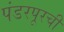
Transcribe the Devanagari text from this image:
पंडरपूरची